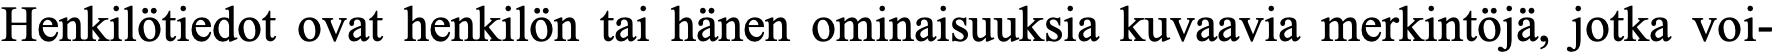
Henkilötiedot ovat henkilön tai hänen ominaisuuksia kuvaavia merkintöjä, jotka voi-